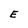
Character: E